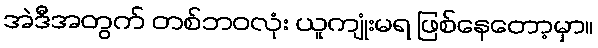
အဲဒီအတွက် တစ်ဘဝလုံး ယူကျုံးမရ ဖြစ်နေတော့မှာ။